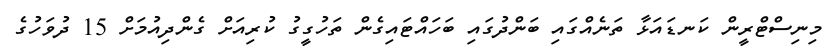
މިނިސްޓްރީން ކަނޑައަޅާ ތަނެއްގައި ބަންދުގައި ބަހައްޓައިގެން ތަހުގީގު ކުރިއަށް ގެންދިއުމަށް 15 ދުވަހުގެ